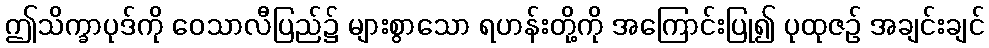
ဤသိက္ခာပုဒ်ကို ဝေသာလီပြည်၌ များစွာသော ရဟန်းတို့ကို အကြောင်းပြု၍ ပုထုဇဉ် အချင်းချင်